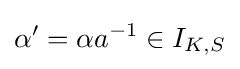
\alpha '=\alpha a^{-1}\in I_{K,S}